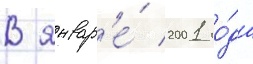
В январ'е́ 2001 го́да